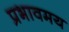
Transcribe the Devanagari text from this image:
प्रभावमय